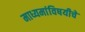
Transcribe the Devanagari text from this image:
माध्यमांविषयीचे